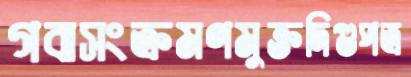
গবাসংক্রমণমুক্তদিগুপত্র